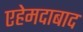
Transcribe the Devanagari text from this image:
एहेमदाबाद